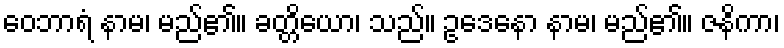
ဝေဘာရံ နာမ၊ မည်၏။ ခတ္တိယော၊ သည်။ ဥဒေနော နာမ၊ မည်၏။ ဇနိကာ၊